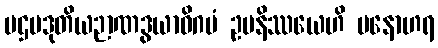
ပဌမဒုတိယဉာဏဒွယာဓိဂမံ ဥပနိဿယေဟိ မနောဟရ